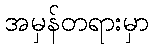
အမှန်တရားမှာ